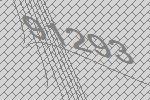
91293